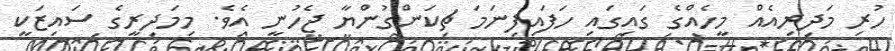
ހުރި މަދިރިއެއް މީހެއްގެ ގައިގައި ހަފައިފިނަމަ ޗިކަންގުންޔާ ޖެހުނީ އެވެ. މިމަދިރީގެ ސައިޒަކީ